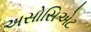
અસોસિએટ